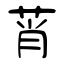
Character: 莦